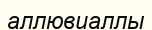
аллювиаллы